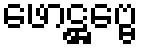
ဖောဋ္ဌဗ္ဗေ